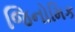
જિનોમિક